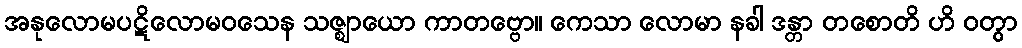
အနုလောမပဋိလောမဝသေန သဇ္ဈာယော ကာတဗ္ဗော။ ကေသာ လောမာ နခါ ဒန္တာ တစောတိ ဟိ ဝတွာ